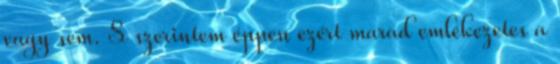
vagy sem. S szerintem éppen ezért marad emlékezetes a